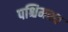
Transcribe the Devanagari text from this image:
पश्चिमस्थ